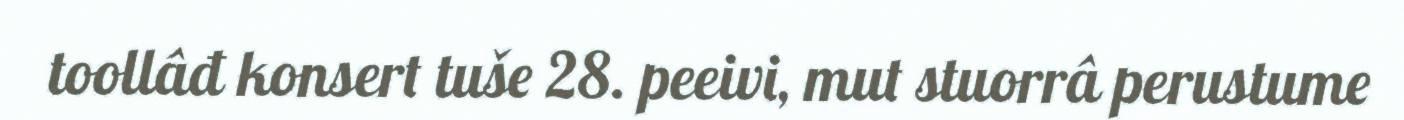
toollâđ konsert tuše 28. peeivi, mut stuorrâ perustume